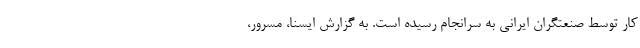
کار توسط صنعتگران ایرانی به سرانجام رسیده است. به گزارش ایسنا، مسرور،